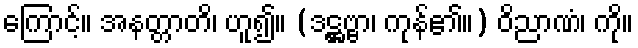
ကြောင့်။ အနတ္တာတိ၊ ဟူ၍။ (ဒဋ္ဌဗ္ဗာ၊ ကုန်၏။) ဝိညာဏံ၊ ကို။